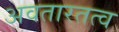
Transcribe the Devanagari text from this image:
अवतारतत्व